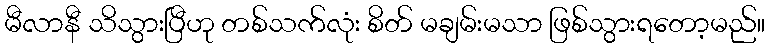
မီလာနီ သိသွားပြီဟု တစ်သက်လုံး စိတ် မချမ်းမသာ ဖြစ်သွားရတော့မည်။